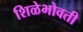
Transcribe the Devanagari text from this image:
शिळेभोवती